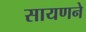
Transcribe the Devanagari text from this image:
सायणने